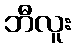
ဘီလူး